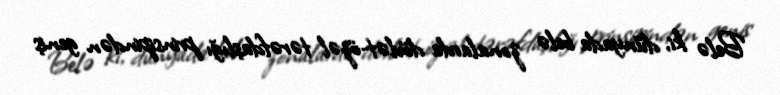
Belə ki, dünyada belə zonalarda dövlət-özəl tərəfdaşlığı prinsipindən geniş